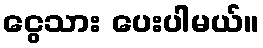
ငွေသား ပေးပါမယ်။